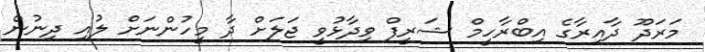
މަރަދޫ ދާއިރާގެ އިބްރާހީމް ޝަރީފް ވިދާޅުވީ ޖަލަށް ދާ މީހުންނަށް ލުއި ދިނުން